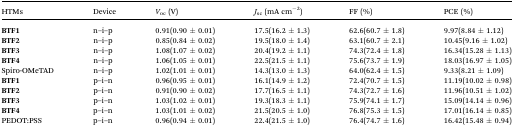
| HTMs | Device | Voc (V) | Jsc (mA cm–2) | FF (%) | PCE (%) |
 | --- | --- | --- | --- | --- | --- |
 | BTF1 | n–i–p | 0.91(0.90 ± 0.01) | 17.5(16.2 ± 1.3) | 62.6(60.7 ± 1.8) | 9.97(8.84 ± 1.12) |
 | BTF2 | n–i–p | 0.85(0.84 ± 0.02) | 19.5(18.0 ± 1.4) | 63.1(60.7 ± 2.1) | 10.45(9.16 ± 1.02) |
 | BTF3 | n–i–p | 1.08(1.07 ± 0.02) | 20.4(19.2 ± 1.1) | 74.3(72.4 ± 1.8) | 16.34(15.28 ± 1.13) |
 | BTF4 | n–i–p | 1.06(1.05 ± 0.01) | 22.5(21.5 ± 1.1) | 75.6(73.7 ± 1.9) | 18.03(16.97 ± 1.05) |
 | Spiro-OMeTAD | n–i–p | 1.02(1.01 ± 0.01) | 14.3(13.0 ± 1.3) | 64.0(62.4 ± 1.5) | 9.33(8.21 ± 1.09) |
 | BTF1 | p–i–n | 0.96(0.95 ± 0.01) | 16.1(14.9 ± 1.2) | 72.4(70.7 ± 1.5) | 11.19(10.02 ± 0.98) |
 | BTF2 | p–i–n | 0.91(0.90 ± 0.02) | 17.7(16.5 ± 1.1) | 74.3(72.7 ± 1.6) | 11.96(10.51 ± 1.02) |
 | BTF3 | p–i–n | 1.03(1.02 ± 0.01) | 19.3(18.3 ± 1.1) | 75.9(74.1 ± 1.7) | 15.09(14.14 ± 0.96) |
 | BTF4 | p–i–n | 1.03(1.01 ± 0.02) | 21.5(20.5 ± 1.0) | 76.8(75.3 ± 1.5) | 17.01(16.14 ± 0.85) |
 | PEDOT:PSS | p–i–n | 0.96(0.94 ± 0.01) | 22.4(21.5 ± 1.0) | 76.4(74.7 ± 1.6) | 16.42(15.48 ± 0.94) |